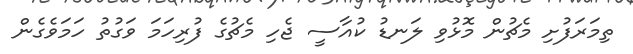
ތިމަރަފުށި މެޗުން މޮޅުވި ލަނޑު ކުއާސީ ޖެހި މެޗުގެ ފުރިހަމަ ވަގުތު ހަމަވެގެން